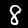
Label: 8